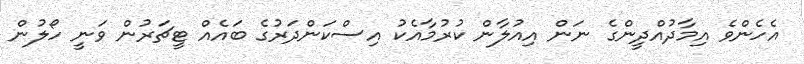
އެހެންވެ އިމާދުއްދީންގެ ނަން އިއުލާން ކުރުމާއެކު އިސްކަންދަރުގެ ބައެއް ޓީޗަރުން ވަނީ ހޯލުން